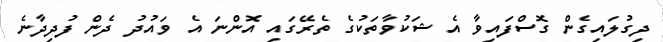
ދިގުލައިގެން ގޮސްފައިވާ އެ ޝަކުވާތަކުގެ ތެރޭގައި އޮންނަ އެ ވައުދު ދެން ފުދިދާނެ